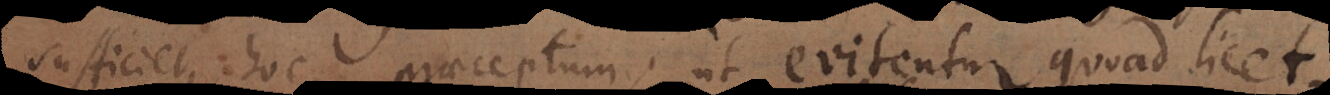
sufficiet hoc praeceptum, ut evitentur quoad licet